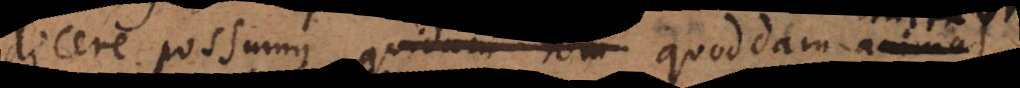
dicere possumus quidam hom quoddam an